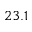
2 3 . 1